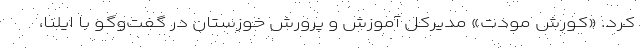
کرد. «کورش مودت» مدیرکل آموزش و پرورش خوزستان در گفت‌وگو با ایلنا،